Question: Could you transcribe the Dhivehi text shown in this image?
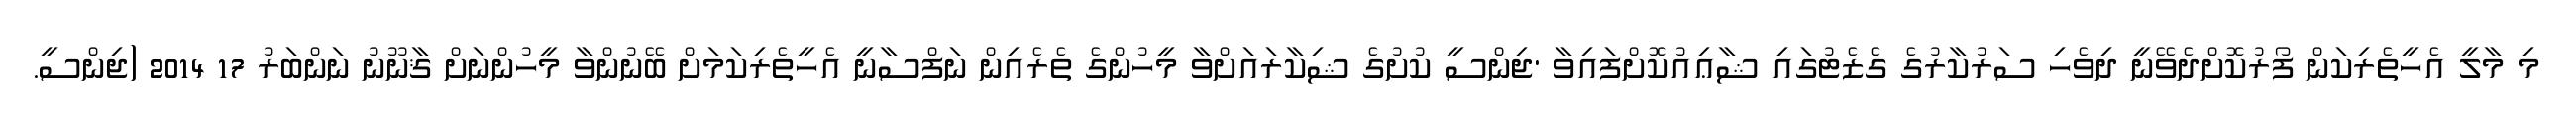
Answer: މި މާލީ އެހީތެރިކަން ފޯރުކޮށްދެވޭނީ ދިވެހި ސަރުކާރުގެ ގެޒެޓުގައި ޝާޢިއުކޮށްފައިވާ 'ޖިންސީ ކުށުގެ ޝިކާރައަށްވާ މީހުންގެ ތެރެއިން ނަފްސާނީ އެހީތެރިކަމަށް ބޭނުންވާ މީހުންނަށް ޤާނޫނު ނަންބަރު 17 2014 (ޖިންސީ.